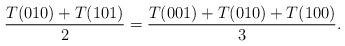
LaTeX: \begin{align*} \frac{T(010)+T(101)}{2}=\frac{T(001)+T(010)+T(100)}{3}.\end{align*}